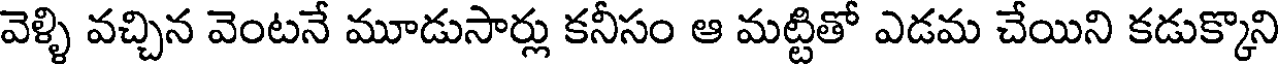
వెళ్ళి వచ్చిన వెంటనే మూడుసార్లు కనీసం ఆ మట్టితో ఎడమ చేయిని కడుక్కొని